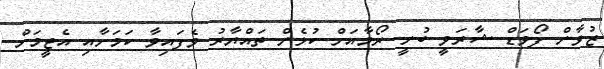
ޒުވާން ފޯވަޑް ޝާރަވީ ބުނީ ރޯމާއަށް ކުޅެން ތައްޔާރު ވެފައިވާ ކަމަށާއި އެޓީމަށް